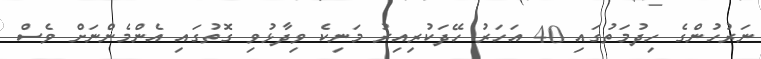
ނަރުހުންގެ ހިދުމަތުގައި 40 އަަހަރު ހޭދަކުރިއިރު މަނިކެ ވިދާޅުވި ގޮތުގައި އެންމެންނަށް ވެސް